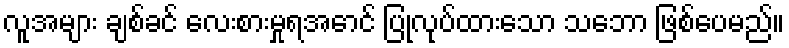
လူအများ ချစ်ခင် လေးစားမှုရအောင် ပြုလုပ်ထားသော သဘော ဖြစ်ပေမည်။